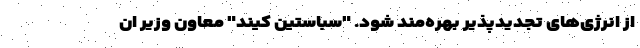
از انرژی‌های تجدیدپذیر بهره‌مند شود. "سباستین کیند" معاون وزیر ان